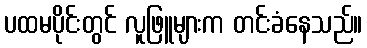
ပထမပိုင်းတွင် လူဖြူများက တင်းခံနေသည်။